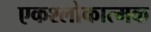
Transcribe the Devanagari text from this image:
एकश्लोकात्मक